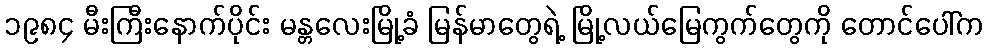
၁၉၈၄ မီးကြီးနောက်ပိုင်း မန္တလေးမြို့ခံ မြန်မာတွေရဲ့ မြို့လယ်မြေကွက်တွေကို တောင်ပေါ်က